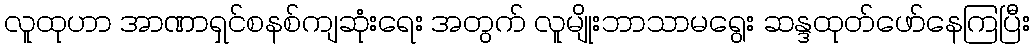
လူထုဟာ အာဏာရှင်စနစ်ကျဆုံးရေး အတွက် လူမျိုးဘာသာမရွေး ဆန္ဒထုတ်ဖော်နေကြပြီး